system: You are a helpful assistant.
user:
Analyze the provided spectrum to determine if it is a **"Cataclysmic Variables (CV)"**.

- **Key Indicators for CV (Check for either state):**
    - **State 1: Quiescent / Low-State (Emission-Dominated)**
        - **(Primary):** Strong and *very broad* Hydrogen Balmer emission lines (e.g., $H\alpha$ at 6563 Å, $H\beta$ at 4861 Å). The 'broadness' (high velocity dispersion, often FWHM > 1000 km/s) is the key diagnostic, indicating a high-velocity accretion disk.
        - **(Secondary):** Broad neutral Helium (He I) emission lines (e.g., 5876 Å, 6678 Å).
        - **(Key Confirmation):** Presence of high-excitation *ionized* Helium (He II) emission at 4686 Å. This is a strong indicator of accretion onto a white dwarf.
        - **(Line Profile):** Emission lines may exhibit a 'double-peaked' profile, which is a classic signature of a rotating accretion disk viewed at high inclination.

    - **State 2: Outburst / High-State (Absorption-Dominated)**
        - **(Primary):** Spectrum is dominated by a bright, blue continuum (looks like a hot star).
        - **(Secondary):** The emission lines from State 1 are weak, absent, or 'filled in', and are replaced by broad, shallow *absorption* lines (primarily Balmer and He I).
        - **(Morphology):** The overall spectrum mimics a hot B/A-type star. The crucial difference is that the absorption lines are significantly broader, shallower, and more 'washed-out' (or 'smeared') than the sharp lines of a normal stellar photosphere, due to high rotational speeds and pressure broadening in the disk.

Think first, call **spectral_visualization_tool** if needed to examine features in detail, then provide your final answer. Your response must adhere to the following strict rules:
1.  **Overall Structure:** Your response must follow the format `<think>...</think> <tool_call>...</tool_call> (if a tool is used) <answer>...</answer>`.
2.  **Tool Usage Constraint:** You may only make **one** tool call per turn.
3.  **Final Answer Format:** In the `<answer>` tag, your conclusion must be inside a `\boxed{}` command (e.g., `\boxed{YES}`), followed by your justification.

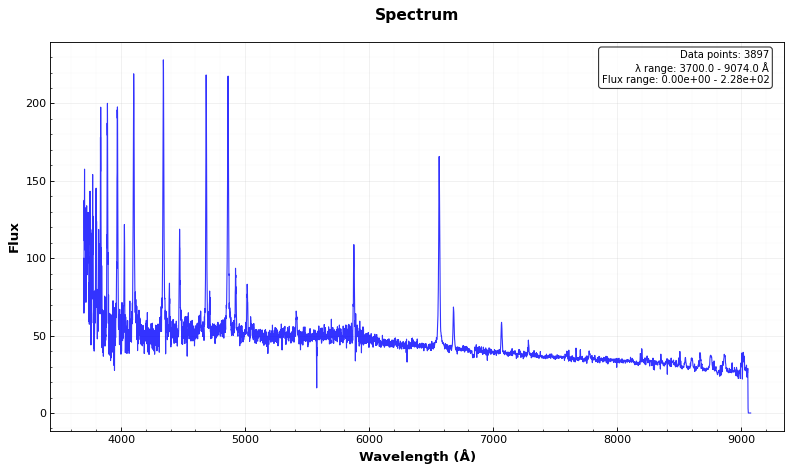
Answer: YES